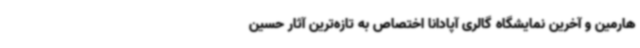
هارمین و آخرین نمایشگاه گالری آپادانا اختصاص به تازه‌ترین آثار حسین